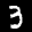
Label: 3